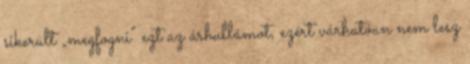
sikerült „megfogni” ezt az árhullámot, ezért várhatóan nem lesz